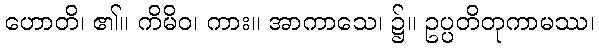
ဟောတိ၊ ၏။ ကိမိဝ၊ ကား။ အာကာသေ၊ ၌။ ဥပ္ပတိတုကာမဿ၊